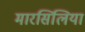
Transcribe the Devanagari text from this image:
मारसिलिया